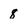
Character: 8